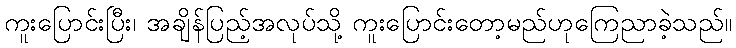
ကူးပြောင်းပြီး၊ အချိန်ပြည့်အလုပ်သို့ ကူးပြောင်းတော့မည်ဟုကြေညာခဲ့သည်။